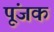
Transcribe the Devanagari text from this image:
पूंजक